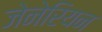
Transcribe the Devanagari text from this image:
जेनेरियन